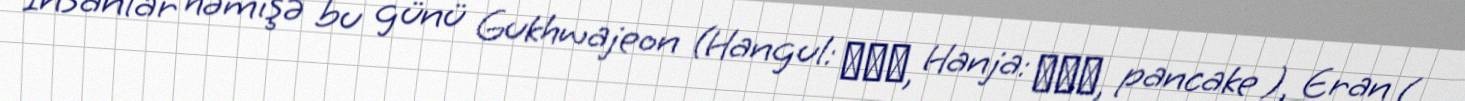
İnsanlar həmişə bu günü Gukhwajeon (Hangul: 국화전, Hanja: 菊花煎, pancake ), Eran (